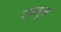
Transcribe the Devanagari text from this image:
एकमुक्त